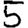
Digit: 5